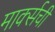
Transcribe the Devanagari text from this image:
मार्क्‍सची